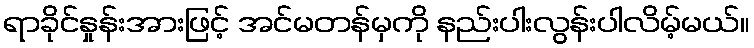
ရာခိုင်နှုန်းအားဖြင့် အင်မတန်မှကို နည်းပါးလွန်းပါလိမ့်မယ်။